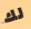
لك